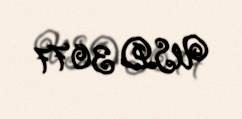
USD 3077